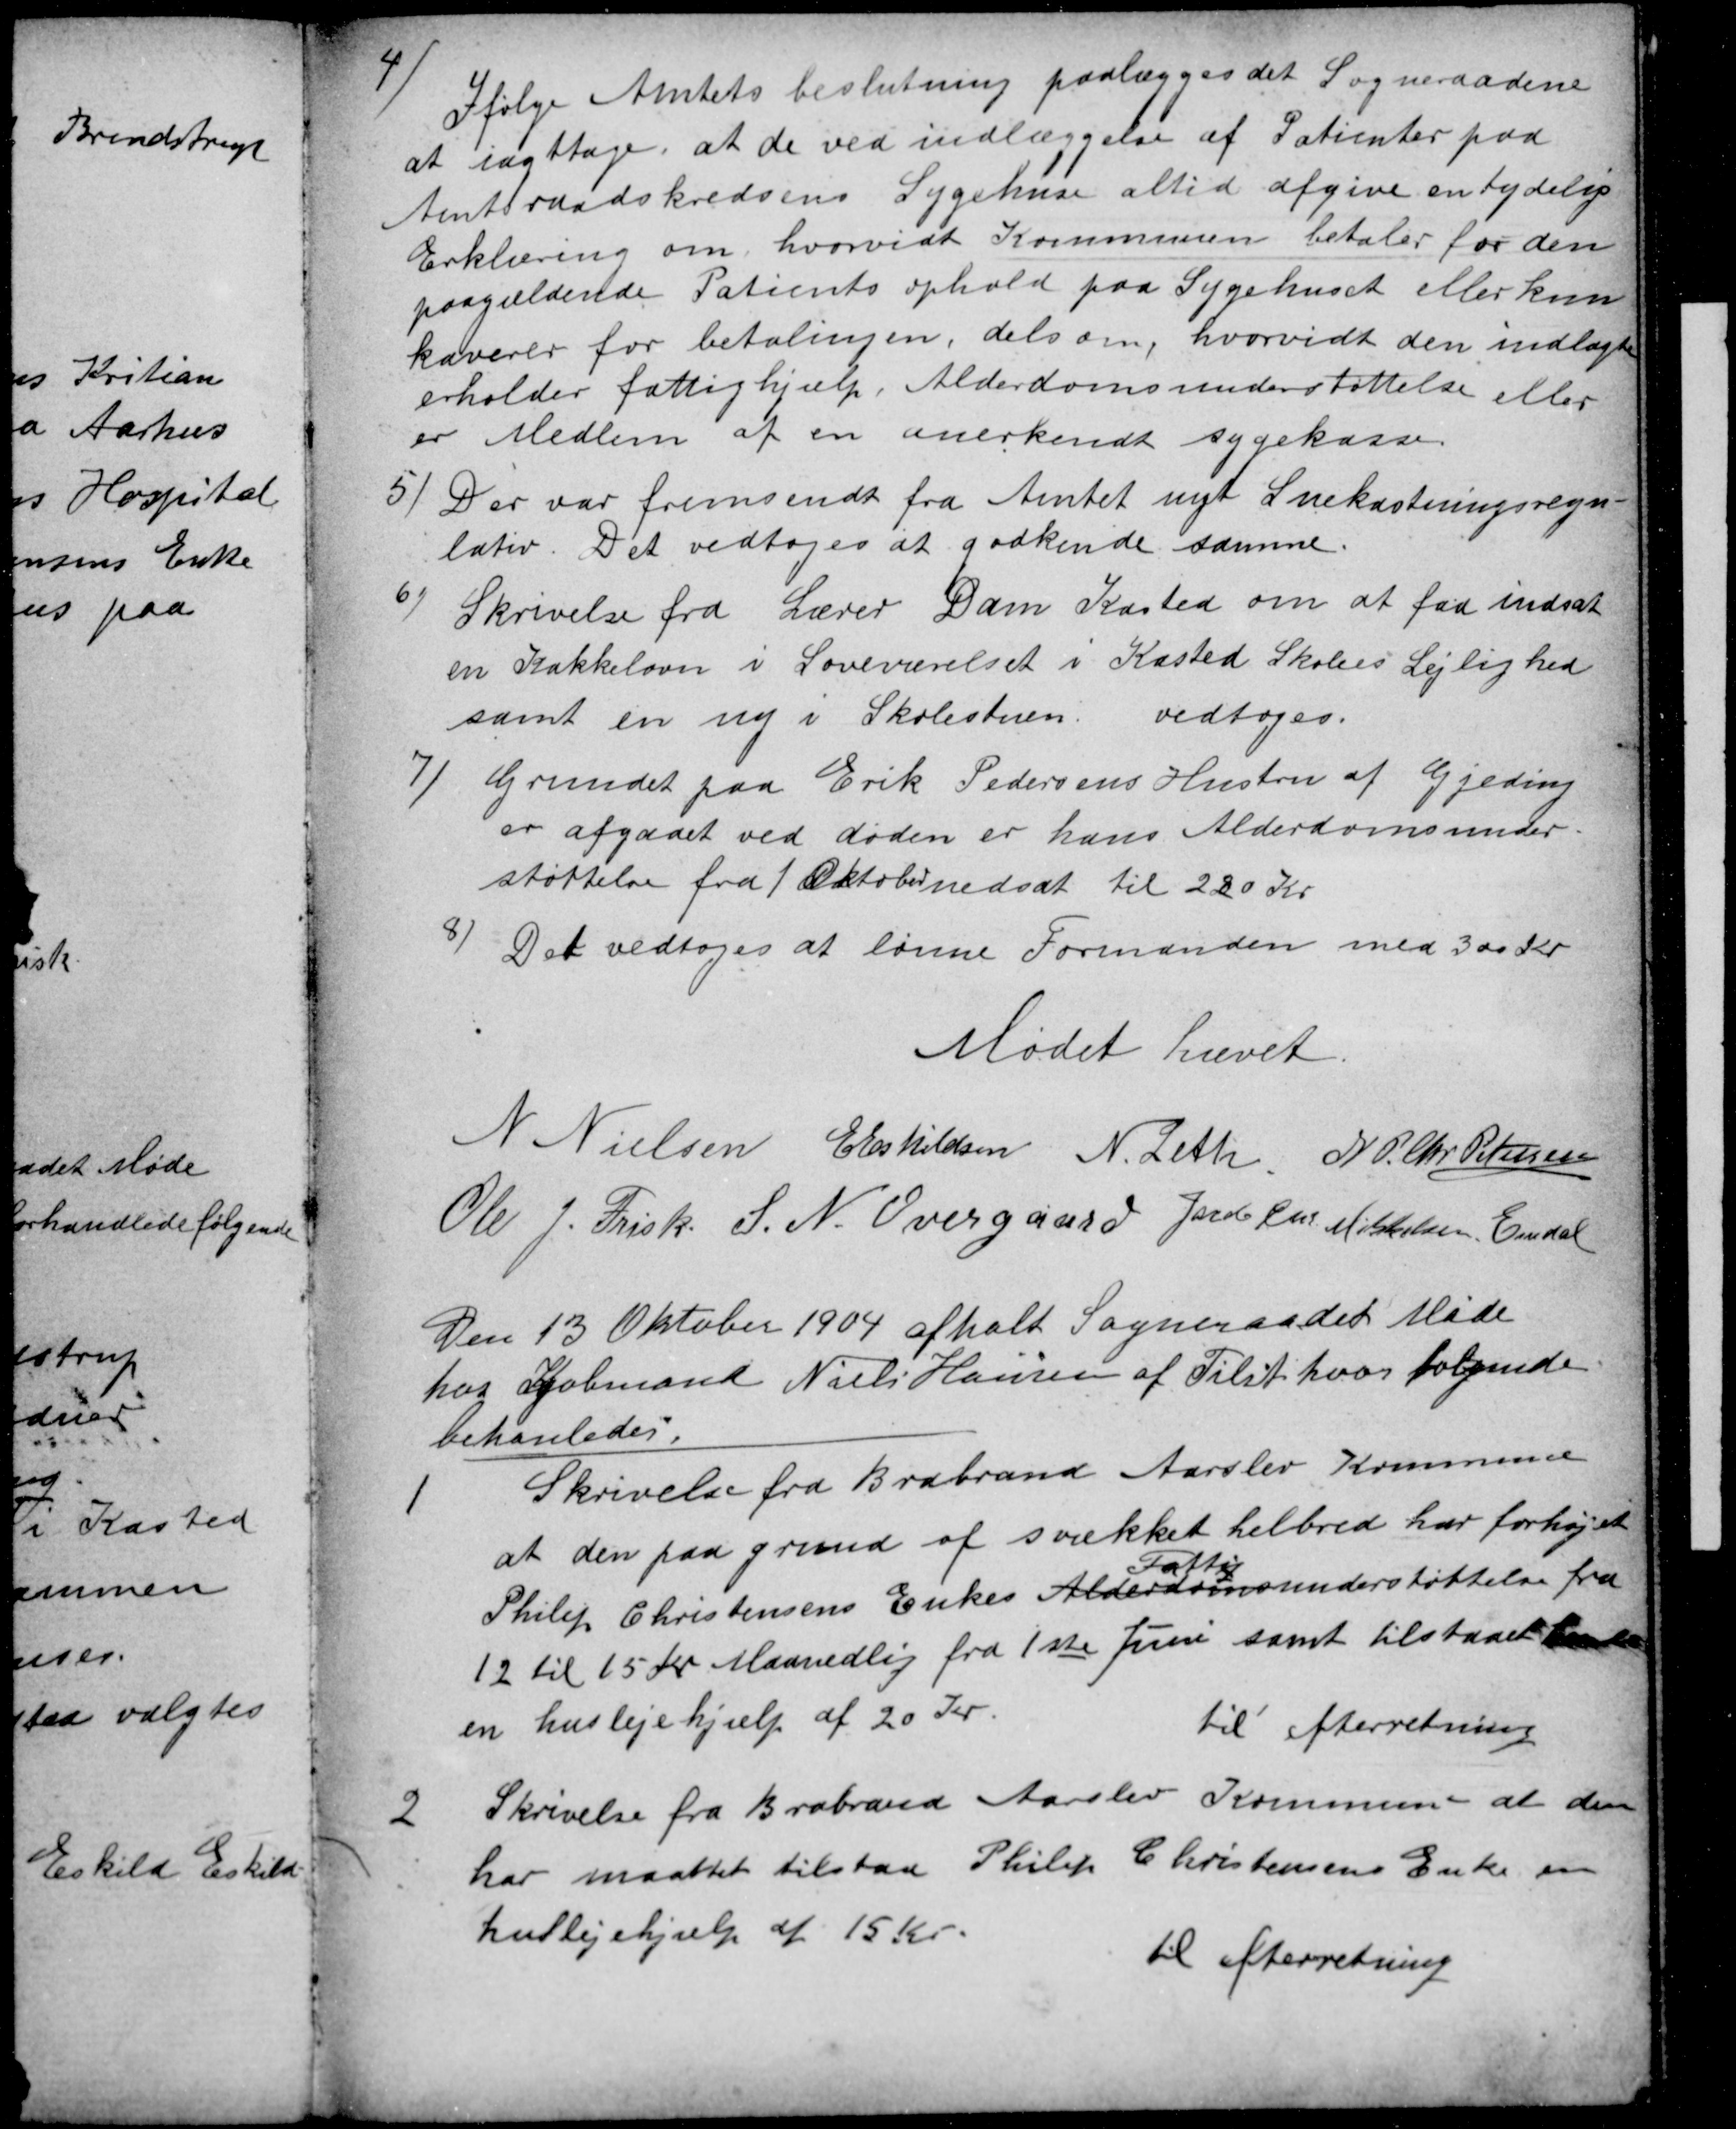
Transskription:
4)
Ifølge Amtets beslutning paalægges det Sogneraadene
at iagttage, at de ved indlæggelse af Patienter paa
Amtsraadskredsens Sygehuse altid afgive en tydelig
Erklæring om, hvorvidt Kommunen betaler for den
paagældende Patients ophold paa Sygehuset eller kun
kaverer for betalingen, dels om, hvorvidt den indlagte
erholder fattighjælp, Alderdomsunderstøttelse eller
er Medlem af en anerkendt sygekasse.
5/
Der var fremsendt fra Amtet nyt Snekastningsregu-
lativ. Det vedtoges at godkende samme.
6/
Skrivelse fra Lærer Dam Kasted om at faa indsat
en Kakkelovn i Soveværelset i Kasted Skolees Lejlighed
samt en ny i Skolestuen. vedtoges.
7/
Grundet paa Erik Pedersens Hustru af Gjeding
er afgaaet ved døden er hans Alderdomsunder-
støttelse fra 1 Oktober nedsat til 220 Kr
8/
Det vedtoges at lønne Formanden med 300 Kr
Mødet hævet
N Nielsen
E Eskildsen
N. Leth
N P. Chr Petersen
Ole J. Frisk. S. N. Overgaard Jacob Chr Mikkelsen Emdal
Den 13 Oktober 1904 afholt Sogneraadet Møde
hos Købmand Niels Hansen af Tilst hvor følgende
behanledes,
1
Skrivelse fra Brabrand Aarslev Kommune
at den paa grund af svækket helbred har forhøjet
Philip Christensens Enkes Alderdoms
Fattig
understøttelse fra
12 til 15 Kr Maanedlig fra 1ste Juni samt tilstaaet hende
en huslejehjælp af 20 Kr.
til efterretning
2
Skrivelse fra Brabrand Aarslev Kommune at den
har maattet tilstaa Philip Christensens Enke en
huslejehjælp af 15 Kr
til efterretning